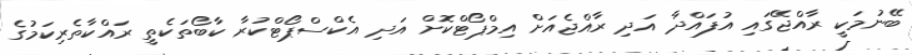
ބޭނުމަކީ ރާއްޖޭގައި އުފައްދާ އަދި ރާއްޖެއަށް އިމްޕޯޓްކޮށް އަދި އެކްސްޕޯޓްކުރާ ކާބޯތަކެތީ ރައްކާތެރިކަމުގެ